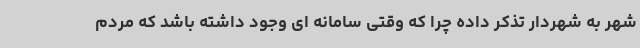
شهر به شهردار تذکر داده چرا که وقتی سامانه ای وجود داشته باشد که مردم